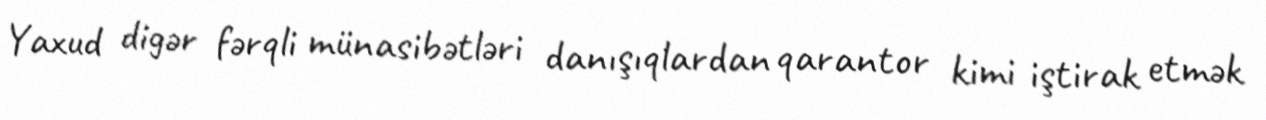
Yaxud digər fərqli münasibətləri danışıqlardan qarantor kimi iştirak etmək